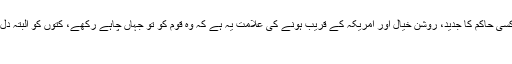
مملکت اللہ داد پاکستان میں کسی حاکم کا جدید، روشن خیال اور امریکہ کے قریب ہونے کی علامت یہ ہے کہ وہ قوم کو تو جہاں چاہے رکھے، کتوں کو البتہ دل سے لگا کر رکھنا لازم ہے
اب جوک۔